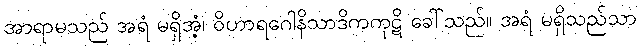
အာရာမသည် အရံ မရှိအံ့၊ ဝိဟာရဂေါနိသာဒိကကုဋိ ခေါ်သည်။ အရံ မရှိသည်သာ